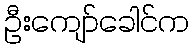
ဦးကျော်ခေါင်က